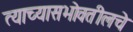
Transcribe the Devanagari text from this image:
त्याच्यासभोवतीलचे